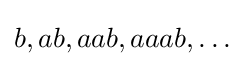
b,ab,aab,aaab,\ldots